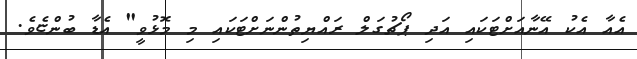
އެއާ އެކު އޭނާއަށްޓަކައި އަދި ޕޯޗުގަލް ރައްޔިތުންނަށްޓަކައި މި މޮޅުވީ" އެޑާ ބުންޏެވެ.